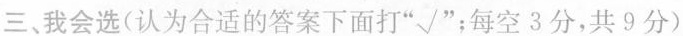
三、我会选(认为合适的答案下面打”√”；每空3分，共9分)